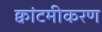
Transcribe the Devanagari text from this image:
क्वांटमीकरण